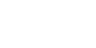
မရှိပါဘူး။